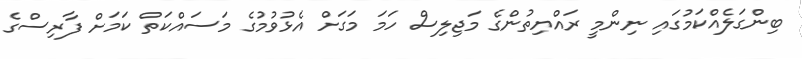
ބިންގަލެއްކަމުގައި ނިންމީ ރައްޔިތުންގެ މަޖިލިސް ހަމަ މަގަށް އެޅުވުމުގެ މަސައްކަތް ކަމަށް ފާރިސްގެ